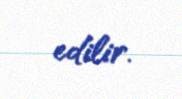
edilir.